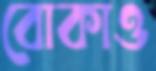
বোকাও